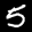
Label: 5